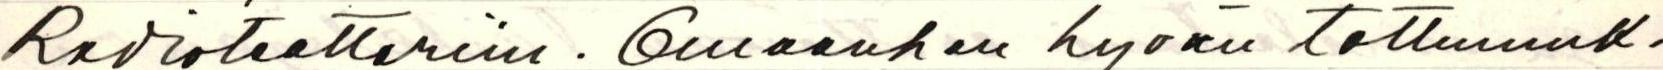
Radioteatteriin. Omaanhan hyvän tottumuk-